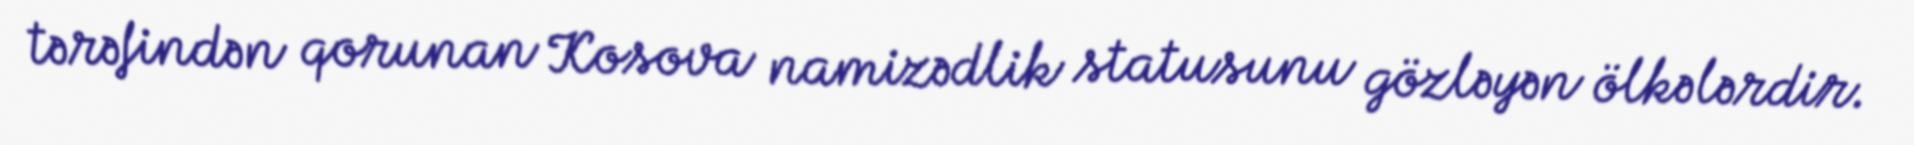
tərəfindən qorunan Kosova namizədlik statusunu gözləyən ölkələrdir.